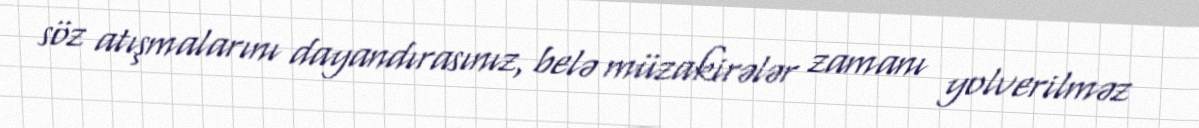
söz atışmalarını dayandırasınız, belə müzakirələr zamanı yolverilməz